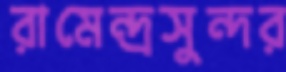
রামেন্দ্রসুন্দর